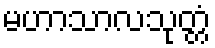
မဟာသာလသုတ္တံ